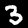
Label: 3